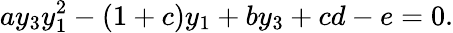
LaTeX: ay_{3}y_{1}^{2}-\left(1+c\right)y_{1}+by_{3}+cd-e=0.